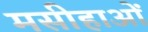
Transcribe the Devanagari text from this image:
मसीहाओं